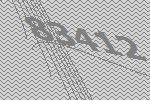
83412